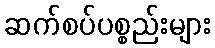
ဆက်စပ်ပစ္စည်းများ